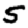
Digit: 5